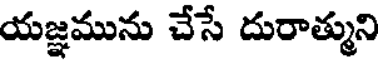
యజ్ఞమును చేసే దురాత్ముని